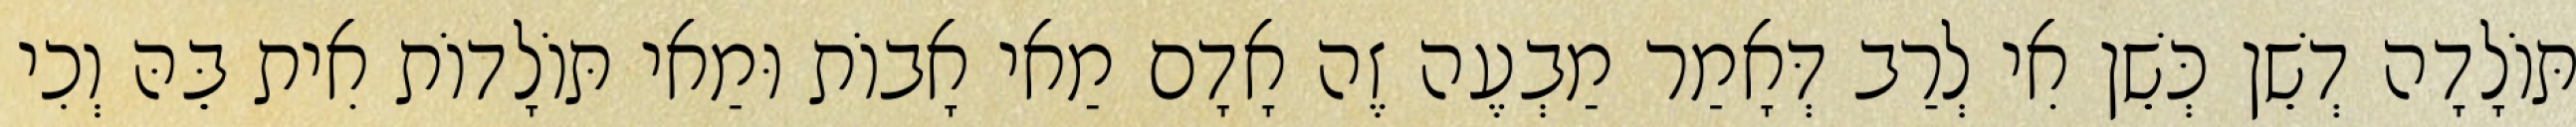
תּוֹלָדָה דְשֵׁן כְּשֵׁן אִי לְרַב דְּאָמַר מַבְעֶה זֶה אָדָם מַאי אָבוֹת וּמַאי תּוֹלָדוֹת אִית בֵּהּ וְכִי